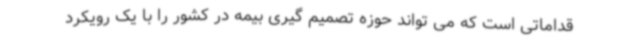
قداماتی است که می تواند حوزه تصمیم گیری بیمه در کشور را با یک رویکرد